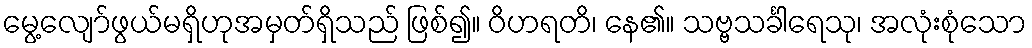
မွေ့လျော်ဖွယ်မရှိဟုအမှတ်ရှိသည် ဖြစ်၍။ ဝိဟရတိ၊ နေ၏။ သဗ္ဗသင်္ခါရေသု၊ အလုံးစုံသော